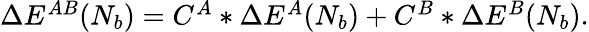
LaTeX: \begin{array}{r}{\Delta E^{AB}(N_{b})=C^{A}*\Delta E^{A}(N_{b})+C^{B}*\Delta E^{B}(N_{b}).}\end{array}